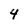
Character: 4